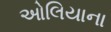
ઓલિયાના